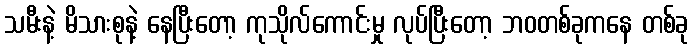
သမီးနဲ့ မိသားစုနဲ့ နေပြီးတော့ ကုသိုလ်ကောင်းမှု လုပ်ပြီးတော့ ဘဝတစ်ခုကနေ တစ်ခု